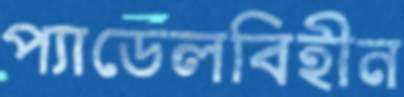
প্যাডেলবিহীন